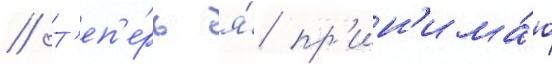
// Т'еп'е́рь я́ пр'ин'има́ю